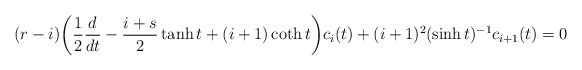
\begin{align*}(r-i)\bigg(\frac{1}{2}\frac{d}{dt}-\frac{i+s}{2}\tanh t +(i+1)\coth t\bigg)c_i(t)+(i+1)^2(\sinh t)^{-1}c_{i+1}(t)=0\end{align*}